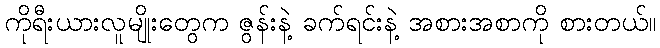
ကိုရီးယားလူမျိုးတွေက ဇွန်းနဲ့ ခက်ရင်းနဲ့ အစားအစာကို စားတယ်။